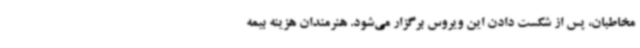
مخاطبان، پس از شکست دادن این ویروس برگزار می‌شود. هنرمندان هزینه بیمه